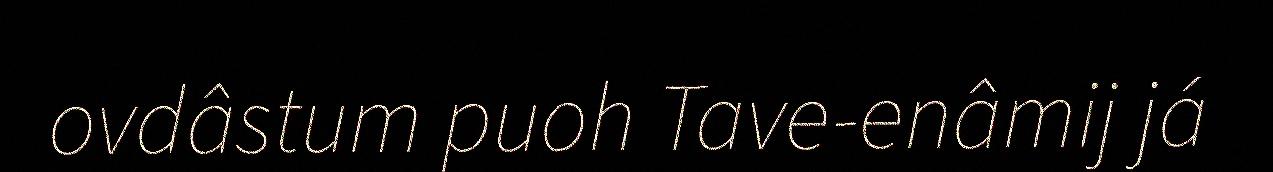
ovdâstum puoh Tave-enâmij já